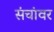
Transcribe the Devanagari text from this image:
संचांवर